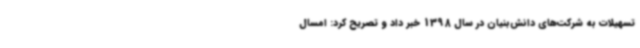
تسهیلات به شرکت‌های دانش‌بنیان در سال 1398 خبر داد و تصریح کرد: امسال